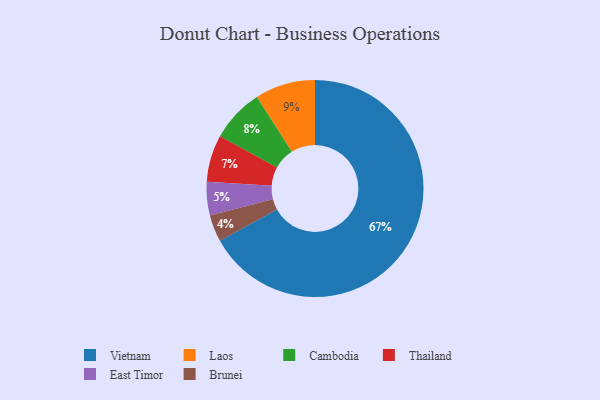
{"axis": {"x": "Category", "y": "Percentage"}, "legend": ["Brunei", "Cambodia", "East Timor", "Laos", "Thailand", "Vietnam"], "data": [{"x": "Vietnam", "y": 67, "type": "Vietnam"}, {"x": "Cambodia", "y": 8, "type": "Cambodia"}, {"x": "Brunei", "y": 4, "type": "Brunei"}, {"x": "Thailand", "y": 7, "type": "Thailand"}, {"x": "Laos", "y": 9, "type": "Laos"}, {"x": "East Timor", "y": 5, "type": "East Timor"}]}